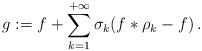
LaTeX: \begin{align*}g:= f + \sum_{k=1}^{+\infty} \sigma_k(f*\rho_k-f)\, .\end{align*}